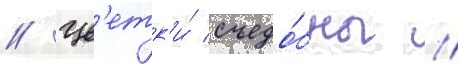
// Цв'етк'и́ съедо́бны //